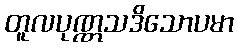
တူလပုဏ္ဏသဒိသောပမာ